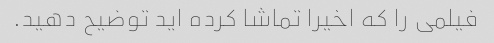
فیلمی را که اخیرا تماشا کرده اید توضیح دهید.